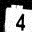
Digit: 4